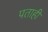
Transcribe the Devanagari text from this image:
पताही